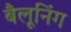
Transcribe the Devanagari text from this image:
बैलूनिंग